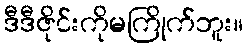
ဒီဒီဇိုင်းကိုမကြိုက်ဘူး။